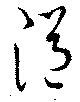
浥